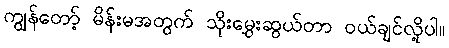
ကျွန်တော့် မိန်းမအတွက် သိုးမွှေးဆွယ်တာ ဝယ်ချင်လို့ပါ။